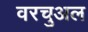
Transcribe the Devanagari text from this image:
वरचुअल